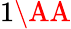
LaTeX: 1\mathrm{\AA}